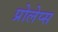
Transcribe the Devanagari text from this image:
प्रोलेप्स